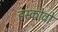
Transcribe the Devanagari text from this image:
हस्कोवो